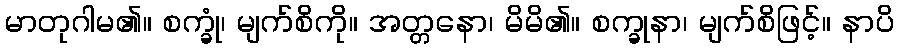
မာတုဂါမ၏။ စက္ခုံ၊ မျက်စိကို။ အတ္တနော၊ မိမိ၏။ စက္ခုနာ၊ မျက်စိဖြင့်။ နာပိ